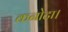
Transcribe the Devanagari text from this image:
कनोटा।